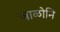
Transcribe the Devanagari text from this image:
जाळोनि